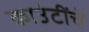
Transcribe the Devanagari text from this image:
काउंटींचे